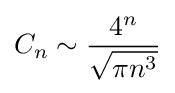
C_{n}\sim {\frac {4^{n}}{\sqrt {\pi n^{3}}}}